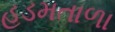
હડમતાળા